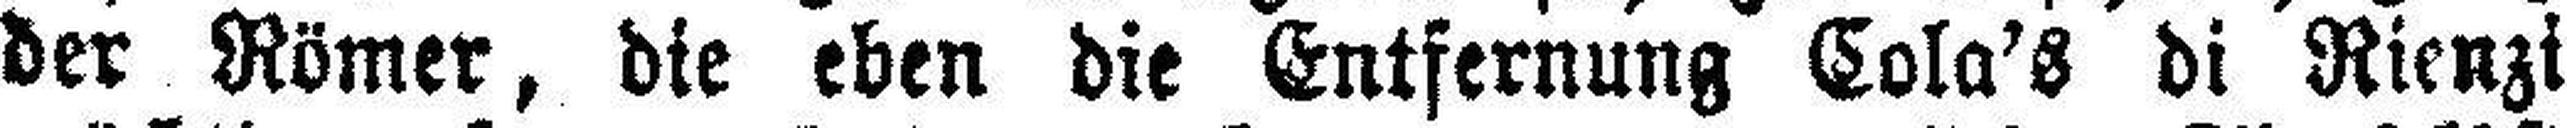
der Römer, die eben die Entfernung Cola'S di Rienzi